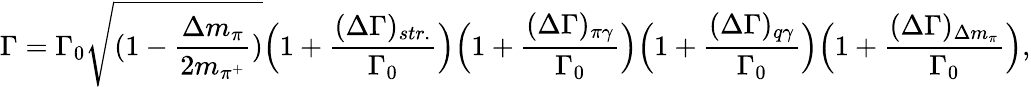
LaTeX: \Gamma=\Gamma_{0}\sqrt{(1-\frac{\Delta m_{\pi}}{2m_{\pi^{+}}})}\Big(1+\frac{(\Delta\Gamma)_{str.}}{\Gamma_{0}}\Big)\Big(1+\frac{(\Delta\Gamma)_{\pi\gamma}}{\Gamma_{0}}\Big)\Big(1+\frac{(\Delta\Gamma)_{q\gamma}}{\Gamma_{0}}\Big)\Big(1+\frac{(\Delta\Gamma)_{\Delta m_{\pi}}}{\Gamma_{0}}\Big),